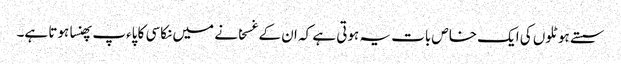
سستے ہوٹلوں کی ایک خاص بات یہ ہوتی ہے کہ ان کے غسخانے میں نکاسی کا پاءپ پھنسا ہوتا ہے۔